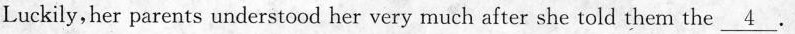
Luckily,her parents understood her very much after she told them the \underline{ 4 } .